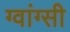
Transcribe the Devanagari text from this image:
ग्वांग्सी